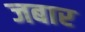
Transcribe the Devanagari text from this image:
जबार